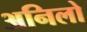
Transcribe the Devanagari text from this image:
अनिलो